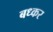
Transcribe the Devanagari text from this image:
बध्कर